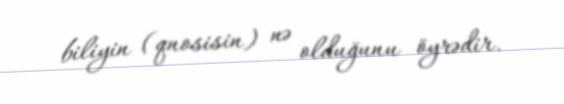
biliyin (qnosisin) nə olduğunu öyrədir.